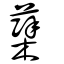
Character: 蘗